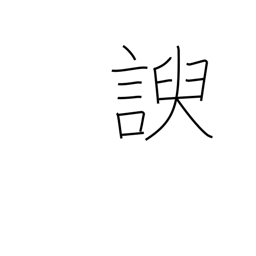
Meaning: flatter